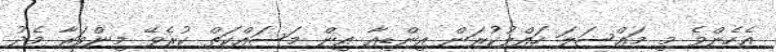
އެހެންވެ މި މައްސަލަ ހައްލުކުރަން އިންޑިއާ އިން މަސައްކަތް ކުރެވޭ މިންވަރާ މެދު